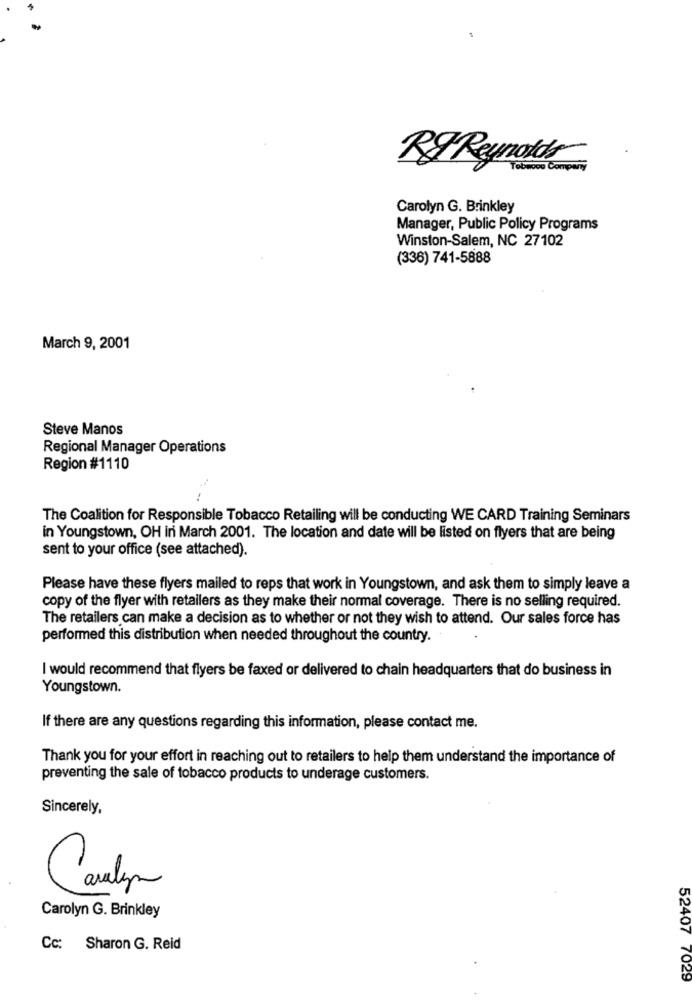
RI Reynolds
Toboos Company
Carolyn G. Brinkley
Manager, Public Policy Programs
Winston-Salem, NC 27102
(336) 741-5888
March 9, 2001
Steve Manos
Regional Manager Operations
Region #1110
The Coalition for Responsible Tobacco Retailing will be conducting WE CARD Training Seminars
in Youngstown, OH in March 2001. The location and date will be listed on flyers that are being
sent to your office (see attached).
Please have these flyers mailed to reps that work in Youngstown, and ask them to simply leave a
copy of the flyer with retailers as they make their normal coverage. There is no selling required.
The retailers can make a decision as to whether or not they wish to attend. Our sales force has
performed this distribution when needed throughout the country.
I would recommend that flyers be faxed or delivered to chain headquarters that do business in
Youngstown.
If there are any questions regarding this information, please contact me.
Thank you for your effort in reaching out to retailers to help them understand the importance of
preventing the sale of tobacco products to underage customers.
Sincerely,
Caulyp
Carolyn G. Brinkley
Cc: Sharon G. Reid
52407 7029